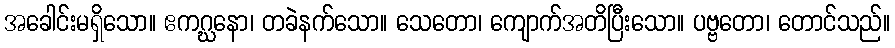
အခေါင်းမရှိသော။ ဧကဂ္ဃနော၊ တခဲနက်သော။ သေတော၊ ကျောက်အတိပြီးသော။ ပဗ္ဗတော၊ တောင်သည်။